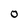
Character: 0